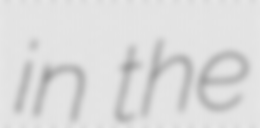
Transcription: in the